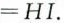
=HI.